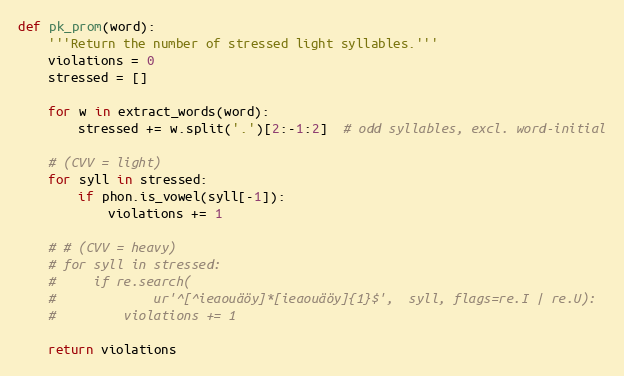
Language: Python
def pk_prom(word):
    '''Return the number of stressed light syllables.'''
    violations = 0
    stressed = []

    for w in extract_words(word):
        stressed += w.split('.')[2:-1:2]  # odd syllables, excl. word-initial

    # (CVV = light)
    for syll in stressed:
        if phon.is_vowel(syll[-1]):
            violations += 1

    # # (CVV = heavy)
    # for syll in stressed:
    #     if re.search(
    #             ur'^[^ieaouäöy]*[ieaouäöy]{1}$',  syll, flags=re.I | re.U):
    #         violations += 1

    return violations